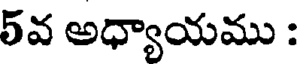
5వ అధ్యాయము :